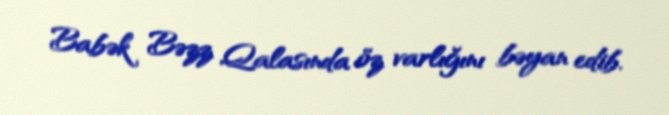
Babək Bəzz Qalasında öz varlığını bəyan edib.